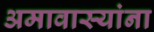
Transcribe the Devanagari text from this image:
अमावास्यांना